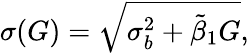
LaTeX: \sigma(G)=\sqrt{\sigma_{b}^{2}+\tilde{\beta}_{1}G},